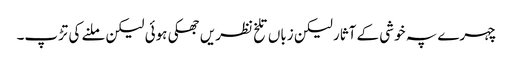
چہرے پہ خوشی کے آثار لیکن زباں تلخ نظریں جھکی ہوئی لیکن ملنے کی تڑپ۔